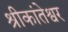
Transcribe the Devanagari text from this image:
श्रीकांतेश्वर